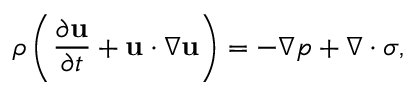
\rho \left( \frac { \partial \mathbf { u } } { \partial t } + \mathbf { u } \cdot \nabla \mathbf { u } \right) = - \nabla p + \nabla \cdot \boldsymbol \sigma ,